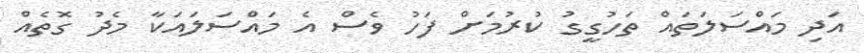
އަދި މައްސަލަތައް ތަހުގީގު ކުރުމަށް ފަހު ވެސް އެ މައްސަލައަކާ މެދު ގޮތެއް